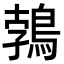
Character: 鵓